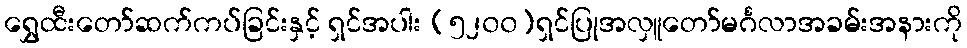
ရွှေထီးတော်ဆက်ကပ်ခြင်းနှင့် ရှင်အပါး (၅၂၀၀)ရှင်ပြုအလှူတော်မင်္ဂလာအခမ်းအနားကို